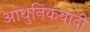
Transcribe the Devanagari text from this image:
आधुनिकवादी